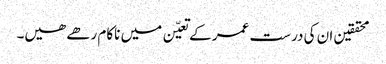
محققین ان کی درست عمر کے تعیّن میں ناکام رھے ھیں۔